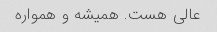
عالی هست. همیشه و همواره